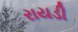
રાયડી